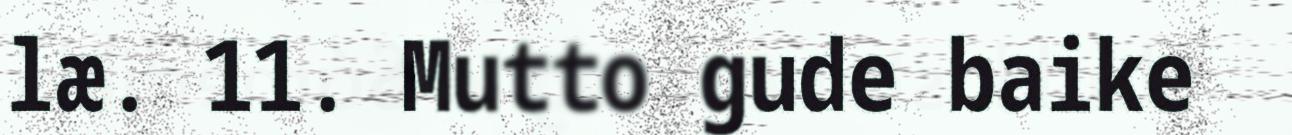
læ. 11. Mutto gude baike